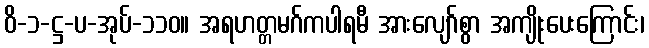
ဝိ-၁-ဋ္ဌ-ပ-အုပ်-၁၁၀။ အရဟတ္တမဂ်ကပါရမီ အားလျော်စွာ အကျိုးပေးကြောင်း၊